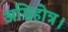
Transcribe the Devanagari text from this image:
अग्निहोत्र।